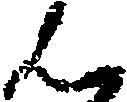
ん